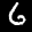
Label: 6